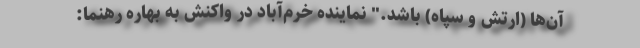
آن‌ها (ارتش و سپاه) باشد." نماینده خرم‌آباد در واکنش به بهاره رهنما: